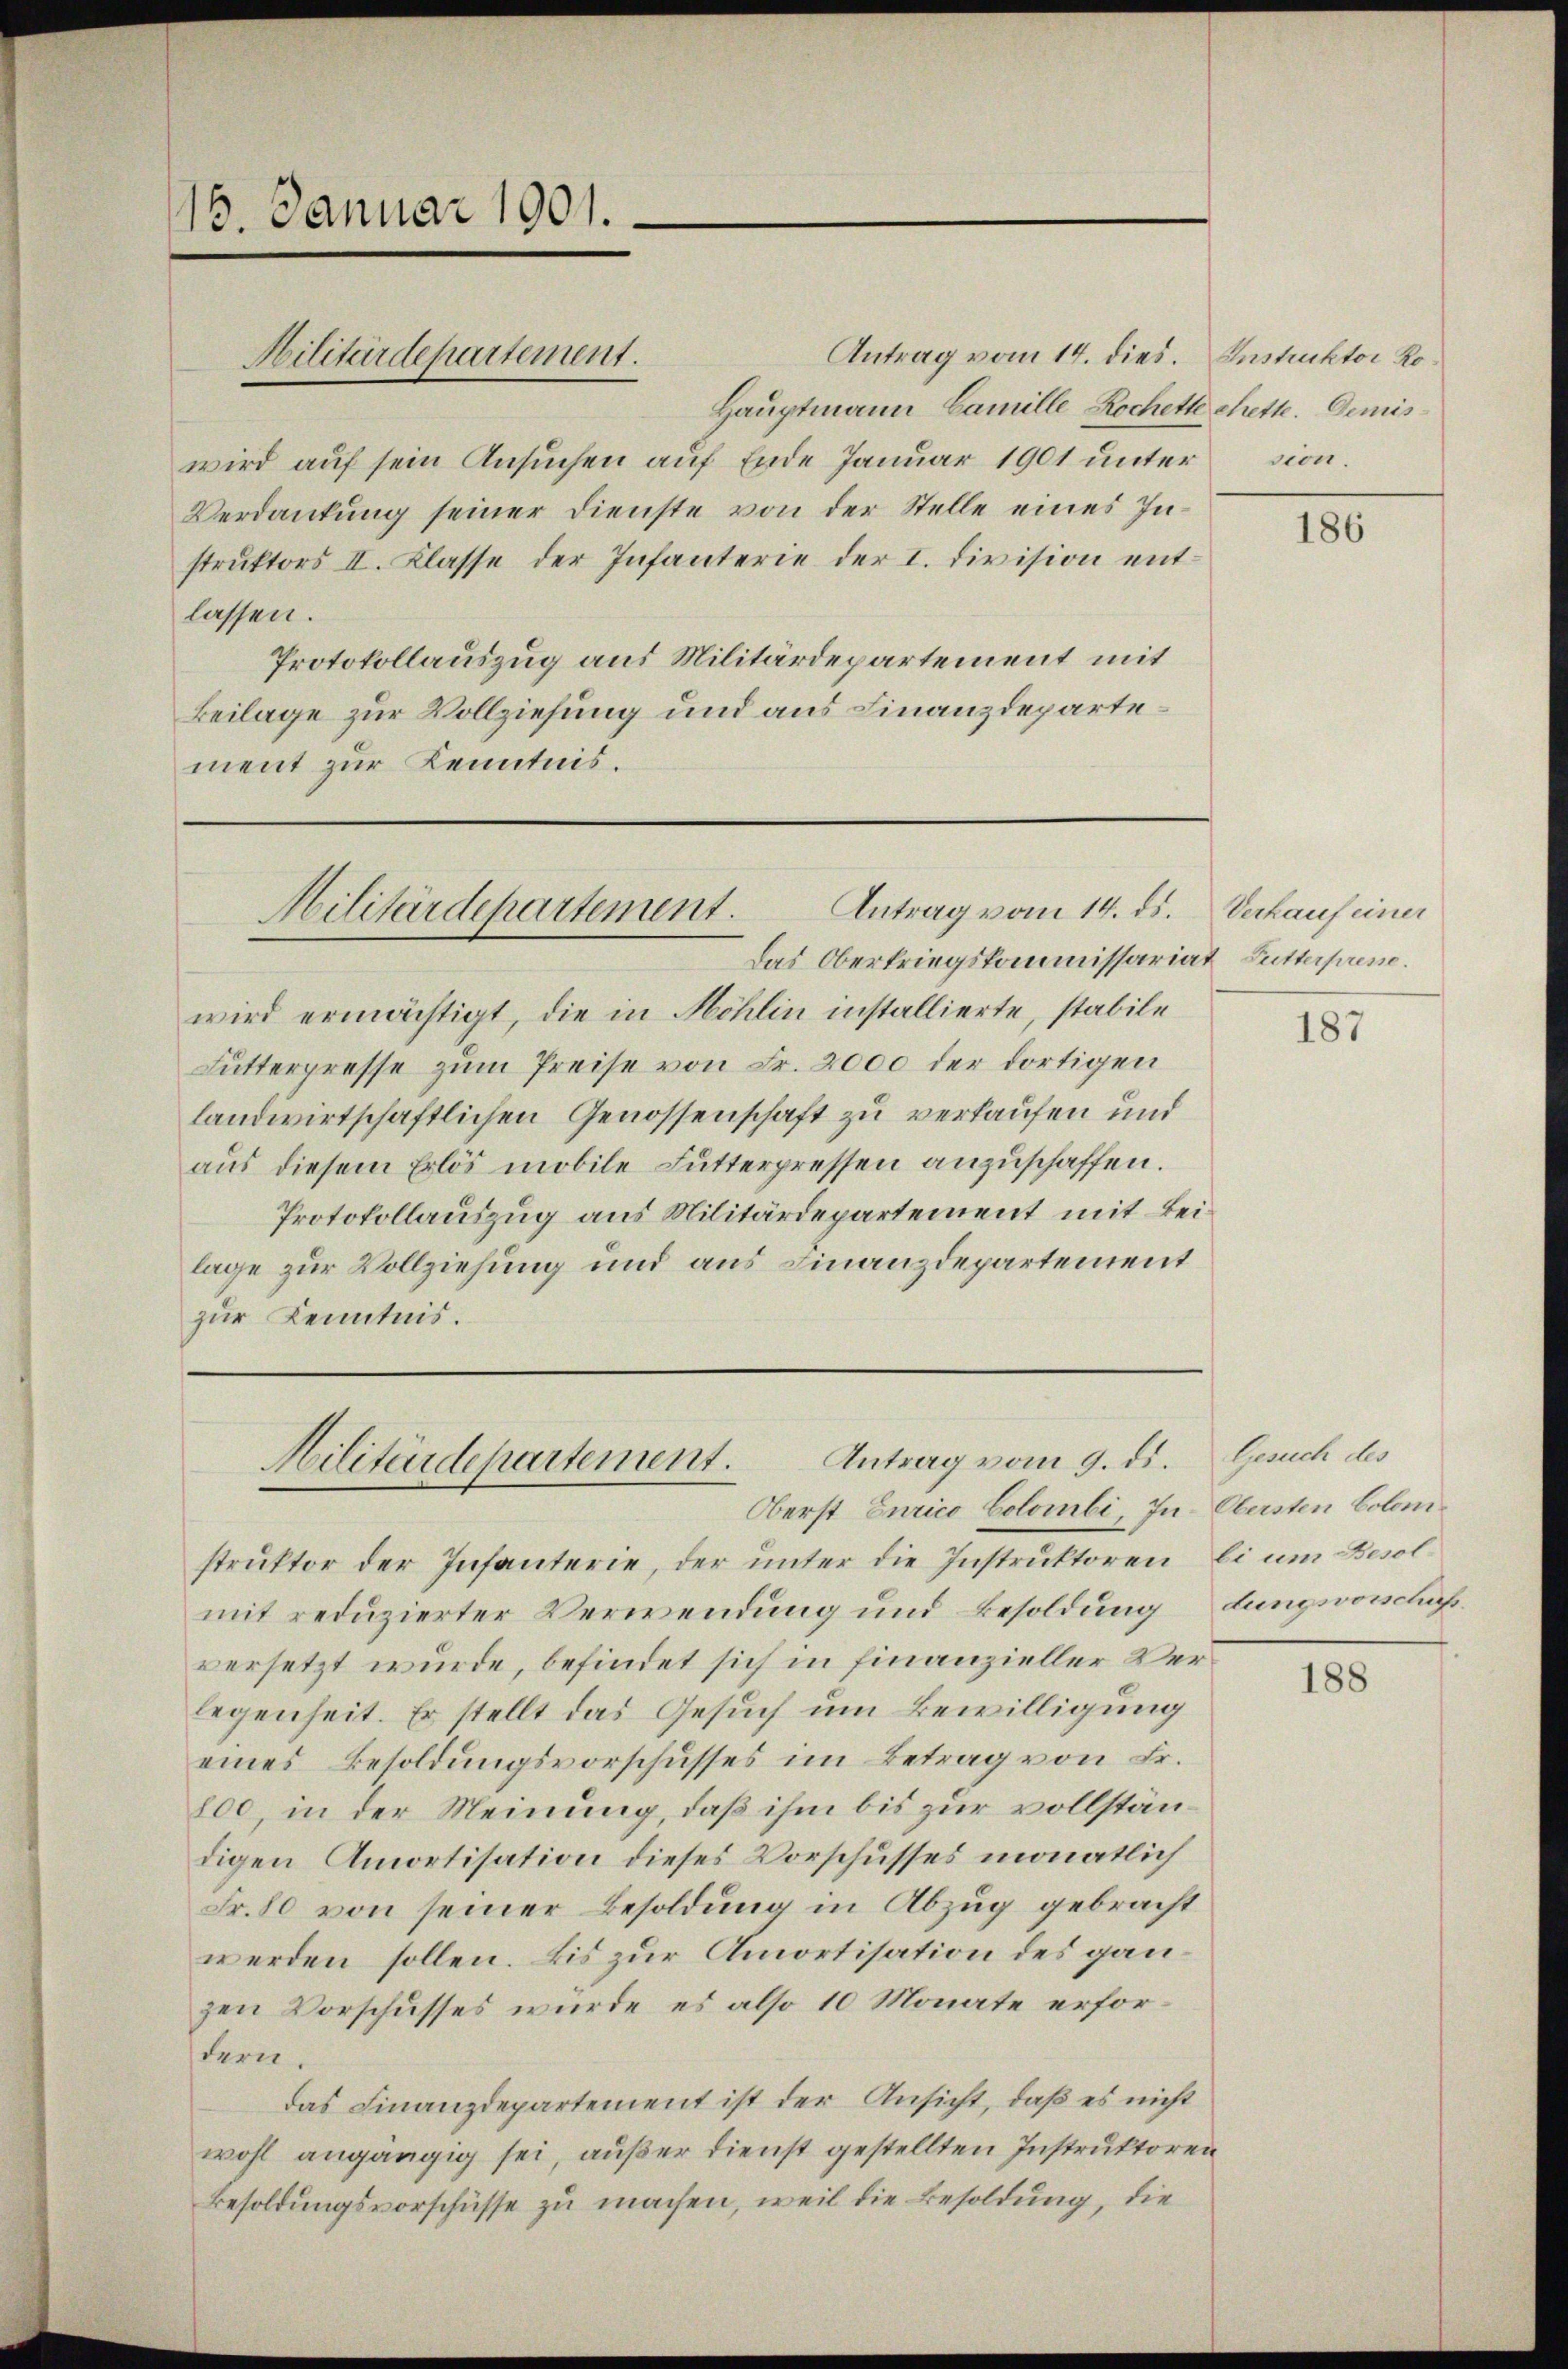
15. Januar 1901.

Hauptmann Camille Rochette chette. Demiswird auf sein Ansuchen auf Ende Januar 1901 unter sion.
Verdankung seiner Dienste von der Stelle eines Instruktors II. Klasse der Infanterie der I. Division entlassen.
Protokollauszug aus Militärdepartement mit
Beilage zur Vollziehung und aus Finanzdepartement zur Kenntnis.

Militärdepartement.

Antrag vom 14. dies. Instruktor Ro¬

Militärdepartement. Antrag vom 14. ds. Verkauf einer

Das Oberkriegskommissariat Futterprene.
wird ermächtigt, die in Möhlin installierte, stabile
Lutterpresse zum Preise von Fr. 2000 der dortigen
landwirtschaftlichen Genossenschaft zu verkaufen und
aus diesem Erlös mobile Lutterpressen anzuschaffen.
Protokollauszug aus Militärdepartement mit Beilage zur Vollziehung und aus Finanzdepartement
zur Kenntnis.

Antrag vom 9. ds. Gesuch des
Militärdepartement.

Oberst Eurico Colombi, In Obersten Colomstruktor der Infanterie, der unter die Instruktoren Ei um Besolmit reduzierter Verwendung und Besoldung dungsvorschafversetzt wurde, befindet sich in finanzieller Verlegenheit. Er stellt das Gesuch um Bewilligung
eines Besoldungsvorschusses im Betrag von Fr.
800, in der Meinung, daß ihm bis zur vollständigen Amortisation dieses Vorschusses monatlich
Fr. 80 von seiner Besoldung in Abzug gebracht
werden sollen. Bis zur Amortisation des ganzen Vorschusses wurde es also 10 Monate erfordern.
das Finanzdepartement ist der Ansicht, daß es nicht
wohl angängig sei, außer dienst gestellten Instruktoren
Besoldungsvorschüsse zu machen, weil die Besoldung, die

186

187

188